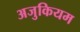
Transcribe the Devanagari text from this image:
अजुकियम